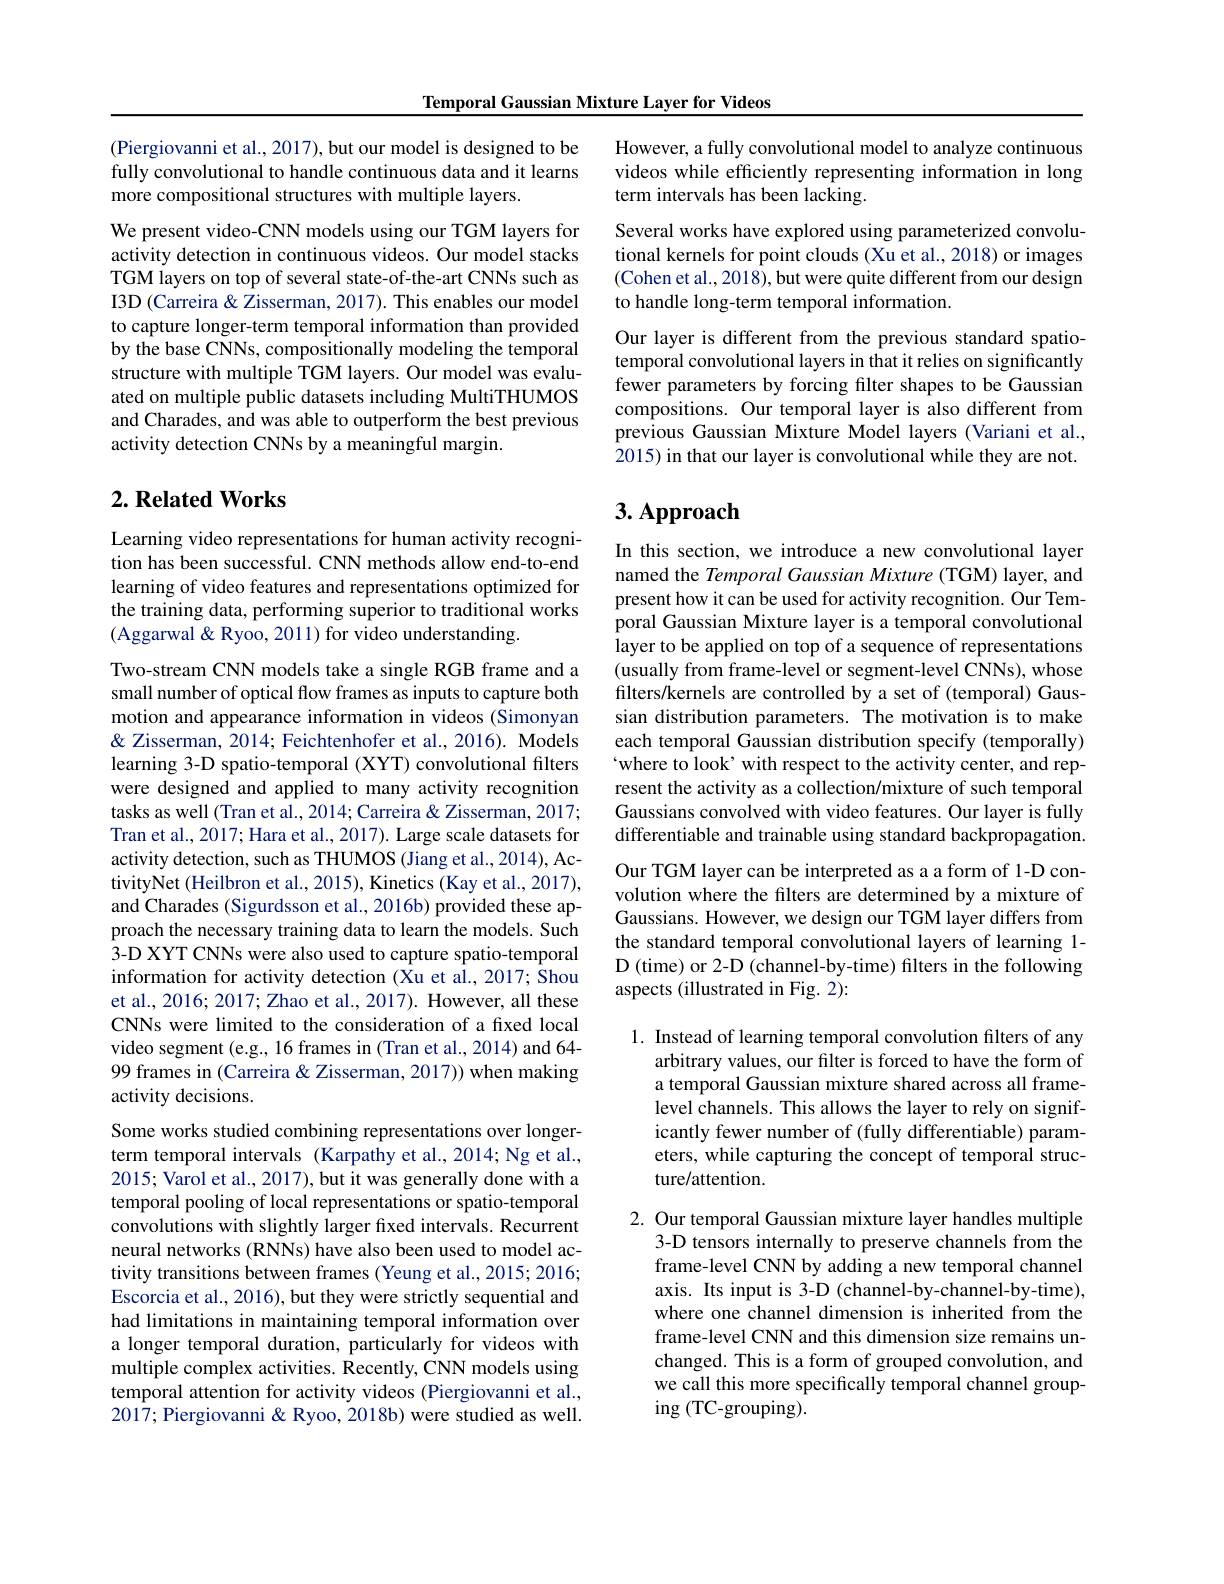
Temporal Gaussian Mixture Layer for Videos

(Piergiovanni et al., 2017), but our model is designed to be fully convolutional to handle continuous data and it learns more compositional structures with multiple layers.

We present video-CNN models using our TGM layers for activity detection in continuous videos. Our model stacks TGM layers on top of several state-of-the-art CNNs such as I3D (Carreira & Zisserman, 2017). This enables our model to capture longer-term temporal information than provided by the base CNNs, compositionally modeling the temporal structure with multiple TGM layers. Our model was evaluated on multiple public datasets including MultiTHUMOS and Charades, and was able to outperform the best previous activity detection CNNs by a meaningful margin.

## $2. \textbf{Related Works}$

Learning video representations for human activity recognition has been successful. CNN methods allow end-to-end learning of video features and representations optimized for the training data, performing superior to traditional works (Aggarwal&Ryoo, 2011) for video understanding.

Two-stream CNN models take a single RGB frame and a small number of optical flow frames as inputs to capture both motion and appearance information in videos (Simonyan & Zisserman, 2014; Feichtenhofer et al., 2016). Models learning 3-D spatio-temporal (XYT) convolutional filters were designed and applied to many activity recognition tasks as well (Tran et al., 2014; Carreira & Zisserman, 2017; Tran et al., 2017; Hara et al., 2017). Large scale datasets for activity detection, such as THUMOS (Jiang et al., 2014), ActivityNet (Heilbron et al., 2015), Kinetics (Kay et al., 2017), and Charades (Sigurdsson et al., 2016b) provided these approach the necessary training data to learn the models. Such 3-D XYT CNNs were also used to capture spatio-temporal information for activity detection (Xu et al., 2017; Shou et al., 2016; 2017; Zhao et al., 2017). However, all these CNNs were limited to the consideration of a fixed local video segment (e.g., 16 frames in (Tran et al., 2014) and 64- 99 frames in (Carreira & Zisserman, 2017)) when making activity decisions.
Some works studied combining representations over longerterm temporal intervals (Karpathy et al.,2014; Ng et al., 2015; Varol et al., 2017), but it was generally done with a temporal pooling of local representations or spatio-temporal convolutions with slightly larger fixed intervals. Recurrent neural networks (RNNs) have also been used to model activity transitions between frames (Yeung et al., 2015; 2016; Escorcia et al., 2016), but they were strictly sequential and had limitations in maintaining temporal information over a longer temporal duration, particularly for videos with multiple complex activities. Recently, CNN models using temporal attention for activity videos (Piergiovanni et al., 2017; Piergiovanni & Ryoo, 2018b) were studied as well.

However, a fully convolutional model to analyze continuous videos while efficiently representing information in long term intervals has been lacking.
Several works have explored using parameterized convolutional kernels for point clouds (Xu et al., 2018) or images (Cohen et al., 2018), but were quite different from our design to handle long-term temporal information.
Our layer is different from the previous standard spatiotemporal convolutional layers in that it relies on significantly fewer parameters by forcing filter shapes to be Gaussian compositions. Our temporal layer is also different from previous Gaussian Mixture Model layers (Variani et al., 2015) in that our layer is convolutional while they are not.

# 3. Approach

In this section, we introduce a new convolutional layer named the Temporal Gaussian Mixture (TGM) layer, and present how it can be used for activity recognition. Our Temporal Gaussian Mixture layer is a temporal convolutional layer to be applied on top of a sequence of representations (usually from frame-level or segment-level CNNs), whose filters/kernels are controlled by a set of (temporal) Gaussian distribution parameters. The motivation is to make each temporal Gaussian distribution specify (temporally) where to look' with respect to the activity center, and represent the activity as a collection/mixture of such temporal Gaussians convolved with video features. Our layer is fully differentiable and trainable using standard backpropagation. Our TGM layer can be interpreted as a form of 1-D convolution where the filters are determined by a mixture of Gaussians. However, we design our TGM layer differs from the standard temporal convolutional layers of learning 1- D (time) or 2-D (channel-by-time) filters in the following aspects (illustrated in Fig. 2):

1. Instead of learning temporal convolution filters of any
arbitrary values, our filter is forced to have the form of a temporal Gaussian mixture shared across all framelevel channels. This allows the layer to rely on significantly fewer number of (fully differentiable) parameters, while capturing the concept of temporal structure/attention.

2. Our temporal Gaussian mixture layer handles multiple
3-D tensors internally to preserve channels from the frame-level CNN by adding a new temporal channel axis. Its input is 3-D (channel-by-channel-by-time), where one channel dimension is inherited from the frame-level CNN and this dimension size remains unchanged. This is a form of grouped convolution, and we call this more specifically temporal channel group- $\operatorname{ing}\left(\mathrm{TC-grouping}\right).$